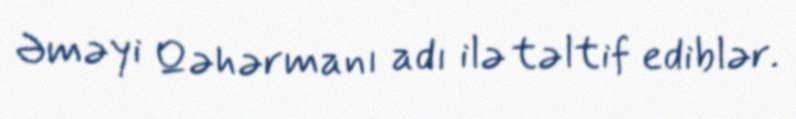
Əməyi Qəhərmanı adı ilə təltif ediblər.